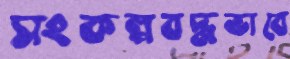
সংকল্পবদ্ধভাবে